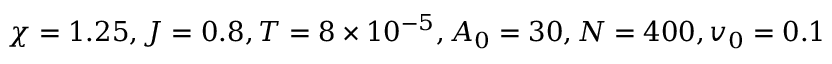
\chi = 1 . 2 5 , J = 0 . 8 , T = 8 \times 1 0 ^ { - 5 } , A _ { 0 } = 3 0 , N = 4 0 0 , v _ { 0 } = 0 . 1